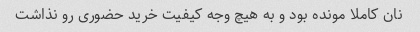
نان کاملا مونده بود و به هیچ وجه کیفیت خرید حضوری رو نذاشت